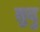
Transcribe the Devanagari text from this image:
म्रुदु